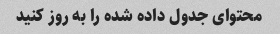
محتوای جدول داده شده را به روز کنید